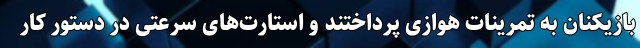
بازیکنان به تمرینات هوازی پرداختند و استارت‌های سرعتی در دستور کار